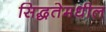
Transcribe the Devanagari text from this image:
सिद्धतेमधील